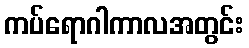
ကပ်ရောဂါကာလအတွင်း